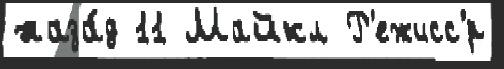
наза́д 11 Майкл Р'ежисс'́р